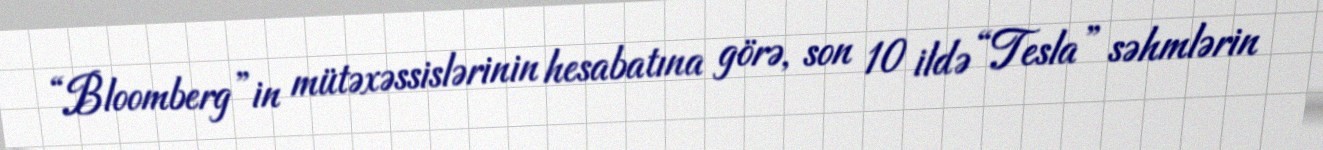
“Bloomberg”in mütəxəssislərinin hesabatına görə, son 10 ildə “Tesla” səhmlərin